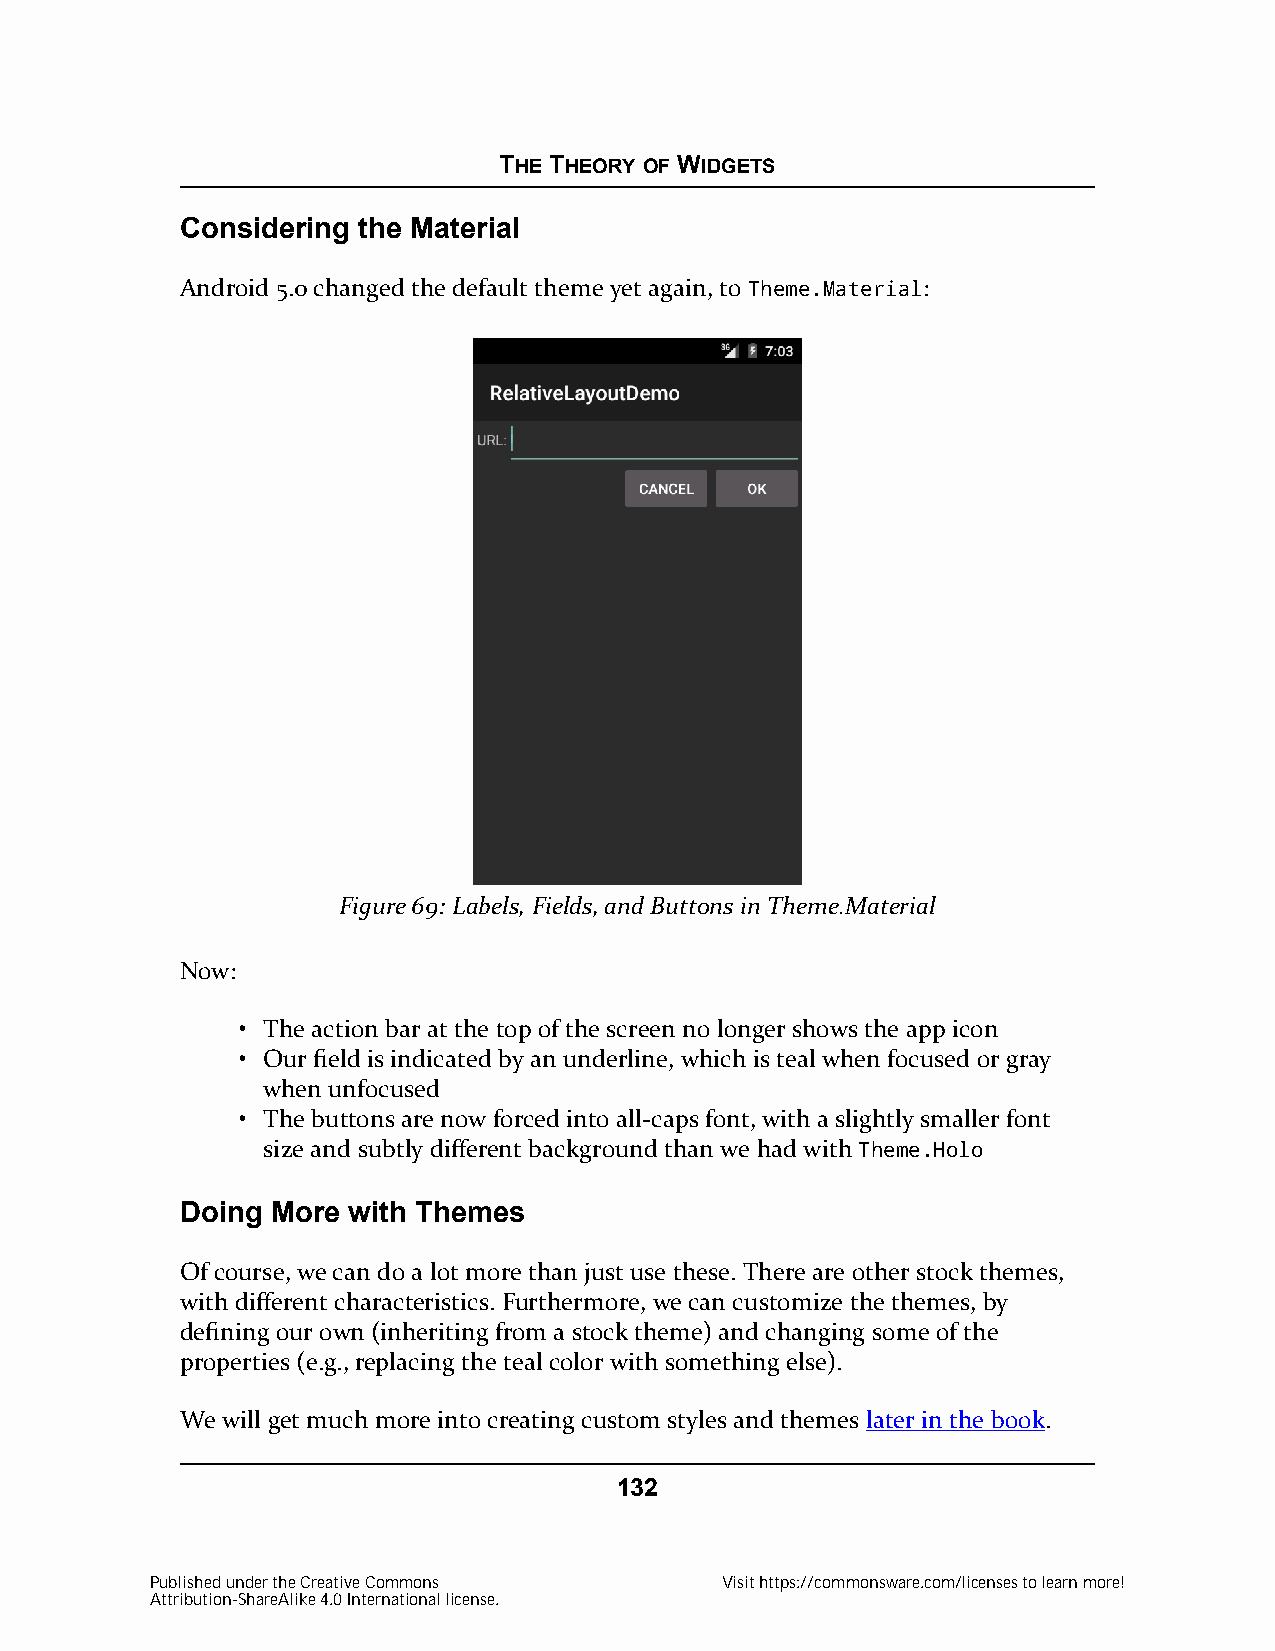
THE THEORY OF WIDGETS
 Considering the Material
 Android 5.0 changed the default theme yet again, to Theme.Material:
 Figure 69: Labels, Fields, and Buttons in Theme.Material
 Now:
 • The action bar at the top of the screen no longer shows the app icon
 • Our field is indicated by an underline, which is teal when focused or gray
 when unfocused
 • The buttons are now forced into all-caps font, with a slightly smaller font
 size and subtly different background than we had with Theme.Holo
 Doing More with Themes
 Of course, we can do a lot more than just use these. There are other stock themes,
 with different characteristics. Furthermore, we can customize the themes, by
 defining our own (inheriting from a stock theme) and changing some of the
 properties (e.g., replacing the teal color with something else).
 We will get much more into creating custom styles and themes later in the book.
 132
 Published under the Creative Commons  Visit https://commonsware.com/licenses to learn more!
 Attribution-ShareAlike 4.0 International license.